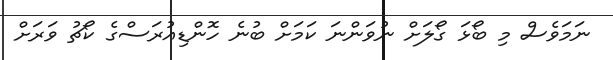
ނަމަވެސް މި ބޯޅަ ގޯލަށް ނުވަންނަ ކަމަށް ބުނެ ހޮންޑިއުރަސްގެ ކޯޗު ވަރަށް